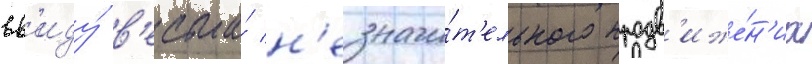
вв'иду́ в'есьма́ н'езначи́т'ельного продв'иже́н'иа